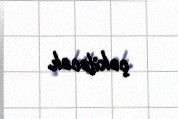
çəkiləcək.